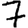
Digit: 7